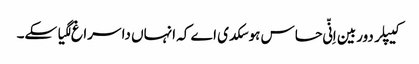
کیپلر دوربین اِنّی حساس ہوسکدی اے کہ انہاں دا سراغ لگیا سکے۔